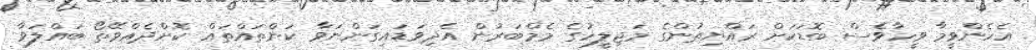
އެހެންވީމާ ވީހާވެސް ބޮޑަކަށް ރައްޔިތުންގެ މަޖިލީހުގެ މެމްބަރުން އެދިވަޑައިގަންނަވާ ކަންތައްތައް ކޮށްދެއްވޭތޯ ބައްލަވާ